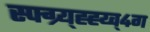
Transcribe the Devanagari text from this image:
स्फ्ग्र्य्ह्ह्य्व्४ग